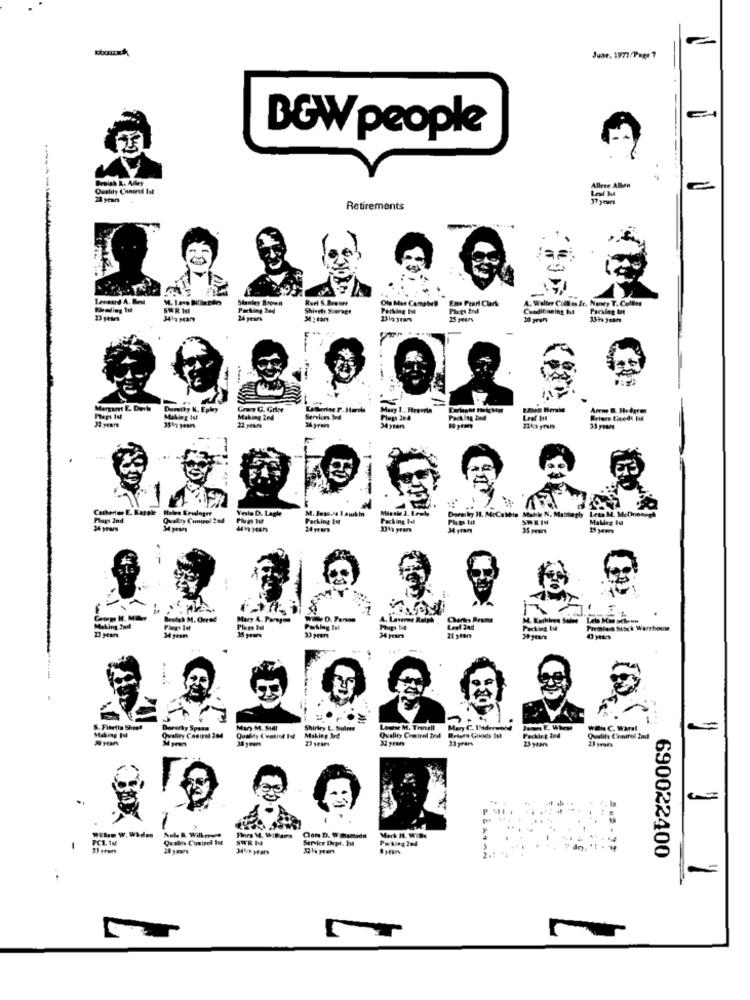
Juan. 1977/Page ?
BOW people
Breish L. Alley
Outlily Control Ist
Allese Allen
Lel It
e
24 years
Retirements
-
Stanley Brown
Ens Pear Clark
A. Walter Coll is Jr. Nunney T. Collas
Shively Sierage
Parking Ist
Conditioning Is
Packleg It
23 yeses
34 1 year9
24 years
M: tan
25 years
10 years
Margaret E. Devia
Dorothy K. Ephey
Gran G. Grine
Mary 1 ., Heavyla
Arene B. Hodgem
Making Ist
Making 2nd
Services 3rd
Parking Ind
Leef bit
Briers Feed BA
22 yeses
14gram
34years
19yem
Canberim E. Kapple
Heles Keninger
Veste D. Lagle
Flugt 2nd
Quality Cunipol 204
Packing It
Packing Ball
Plats Ial
SHEIS
MaMeg In
34 years
24 years
35 years
Beulah M. Omred
Mary A. Paragon
WALD. Tenon
A. Laverne Ralph
Charles Reams
M. Kathleen S
Leto Mae schoun
13 geen
Making Ind
Legt 24d
Packing Ist
34 years
21 years
39 years
Dorarky Spass
Mar M. SMI
Shirley L. Sulres
Loshe M. Tresell : Mary C. laderword Jeans E. When
weis C. Waral
Quality Control 204
Quality Control Ind Retoma Goods In
Packing Ind
23 years
Quality Control 2nd
Fhors M. Wifems
PC1. 1M
Quality Control Ist
SWEN
Service Ikept. Ju
Mark H. W.DE
Parking 2e4
23 gran
690022400